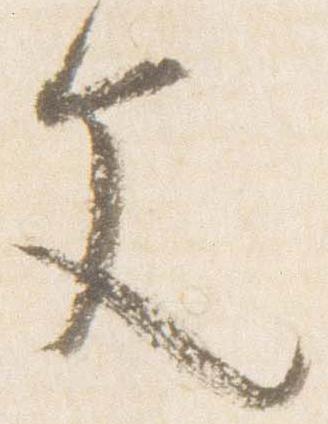
文